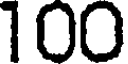
100